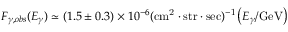
F _ { \gamma , o b s } ( E _ { \gamma } ) \simeq ( 1 . 5 \pm 0 . 3 ) \times 1 0 ^ { - 6 } ( \mathrm { c m ^ { 2 } } \cdot \mathrm { s t r } \cdot \mathrm { s e c } ) ^ { - 1 } \left( E _ { \gamma } / \mathrm { G e V } \right)